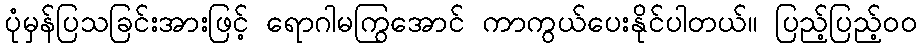
ပုံမှန်ပြသခြင်းအားဖြင့် ရောဂါမကြွအောင် ကာကွယ်ပေးနိုင်ပါတယ်။ ပြည့်ပြည့်ဝဝ